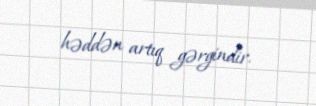
həddən artıq gərgindir.